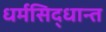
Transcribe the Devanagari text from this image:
धर्मसिद्धान्त